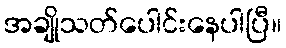
အချိုသတ်ပေါင်းနေပါပြီ။